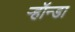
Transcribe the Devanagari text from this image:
ऱ्हॉन्डा